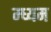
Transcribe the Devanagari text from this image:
म्ध्यम